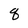
Character: q